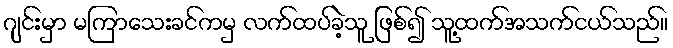
ဂျင်းမှာ မကြာသေးခင်ကမှ လက်ထပ်ခဲ့သူ ဖြစ်၍ သူ့ထက်အသက်ငယ်သည်။